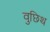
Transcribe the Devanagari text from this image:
वुछिथ